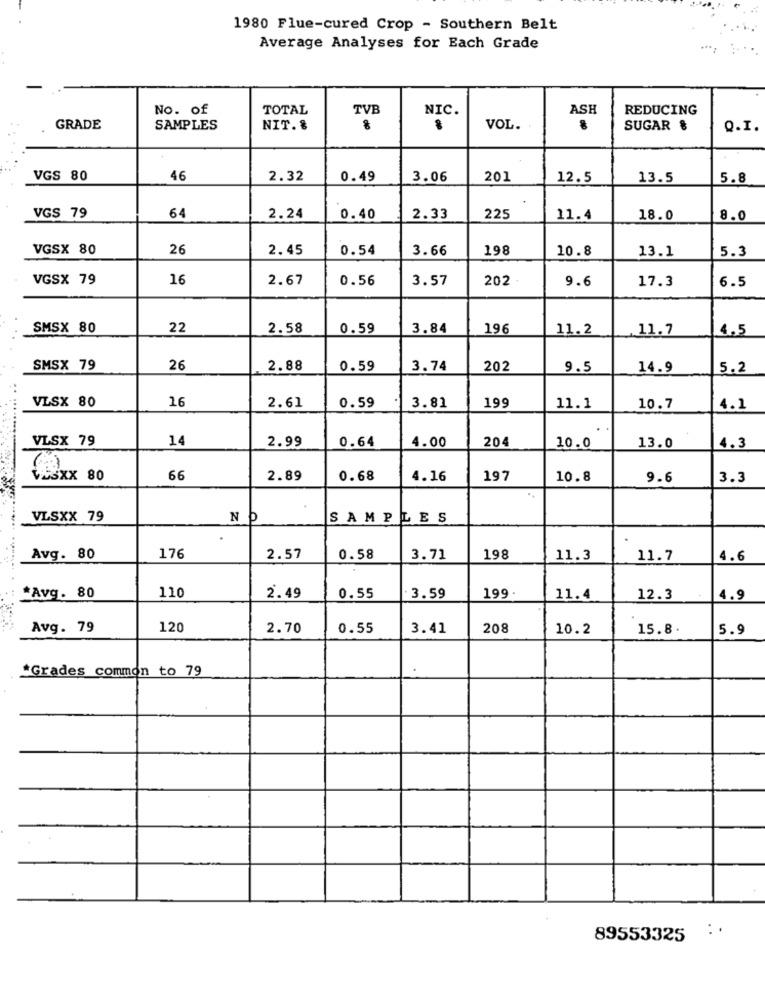
1980 Flue-cured Crop - Southern Belt
Average Analyses for Each Grade
No. of
TOTAL
TVB
NIC.
ASH
REDUCING
GRADE
SAMPLES
NIT. %
8
VOL.
SUGAR &
Q.I.
VGS 80
46
2.32
0.49
3.06
201
12.5
13.5
5.8
VGS 79
64
2.24
0.40
2.33
225
11.4
18.0
8.0
VGSX 80
26
2.45
0.54
3.66
198
10.8
13.1
5.3
VGSX 79
16
2.67
0.56
3.57
202
9.6
17.3
6.5
SMSX 80
22
2.58
0.59
3.84
196
11.2
11.7
4.5
SMSX 79
26
2.88
0.59
3.74
202
9.5
14.9
5.2
16
199
VLSX 80
2.61
0.59
3.81
11.1
10.7
4.1
VLSX 79
14
2.99
4.00
204
0.64
10.0
13.0
4.3
VESxx 80
66
2.89
0.68
4.16
197
10.8
9.6
3.3
VLSXX 79
N
Nb
D
SAMPLES
.
Avg. 80
176
2.57
0.58
3.71
198
11.3
11.7
4.6
Avg. 80
110
2.49
0.55
3.59
199
11.4
12.3
4.9
Avg. 79
120
2.70
0.55
3.41
208
10.2
15.8
5.9
*Grades common to 79
.
..
.
89553325